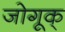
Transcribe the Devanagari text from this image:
जोगूक्